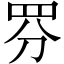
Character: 𱺺